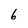
Character: 6